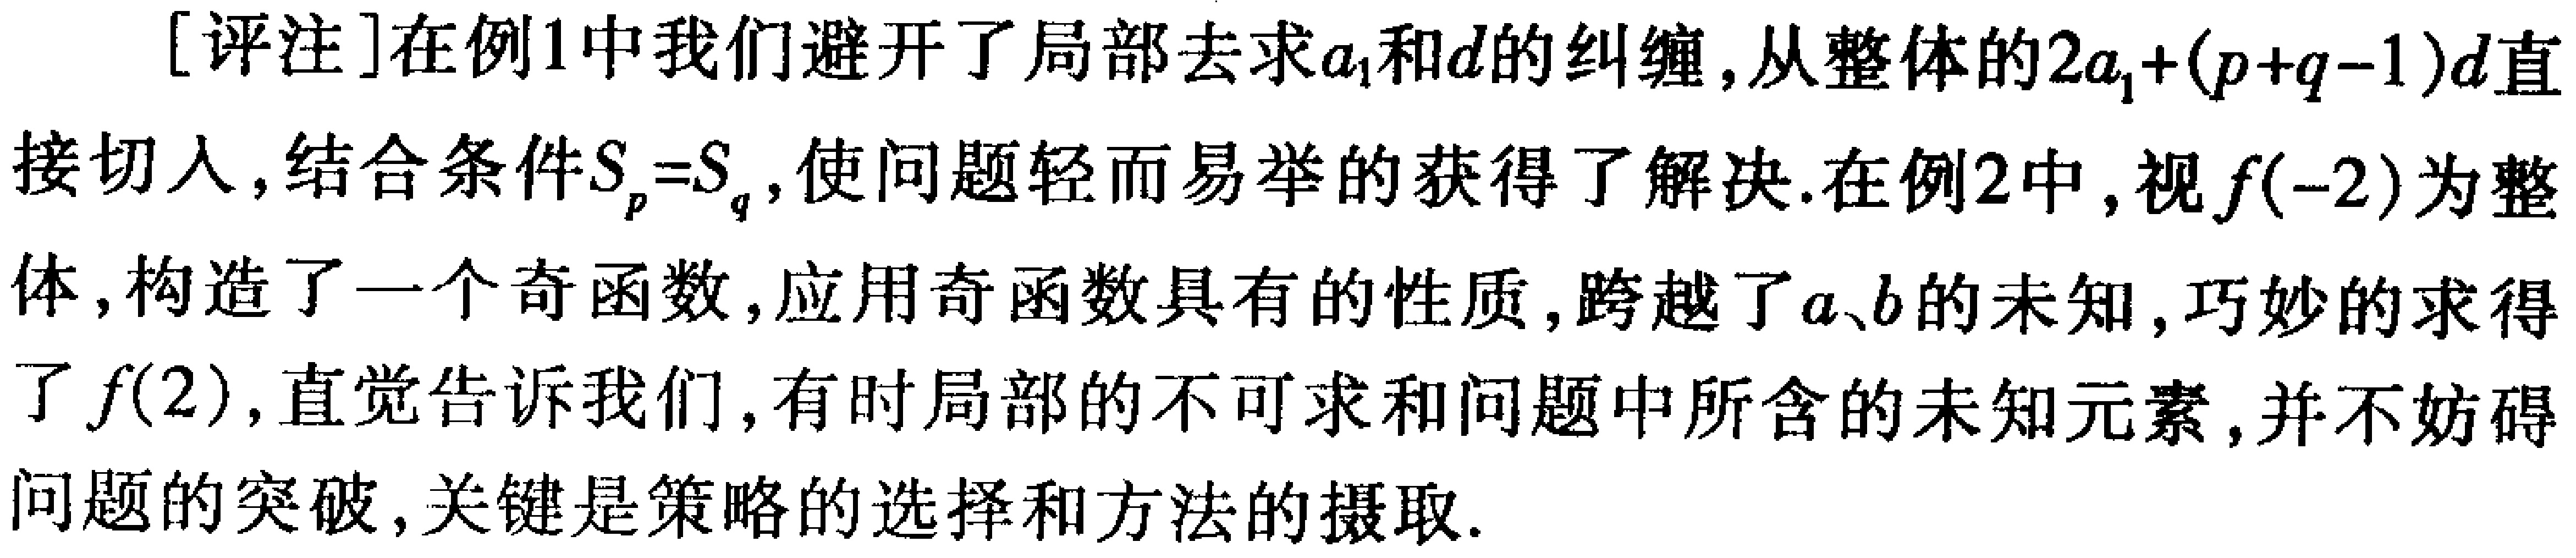
[评注]在例1中我们避开了局部去求\(a_1\)和\(d\)的纠缠，从整体的\(2a_1+(p + q - 1)d\)直接切入，结合条件\(S_p=S_q\)，使问题轻而易举的获得了解决.在例2中，视\(f(-2)\)为整体，构造了一个奇函数，应用奇函数具有的性质，跨越了\(a、b\)的未知，巧妙的求得了\(f(2)\)，直觉告诉我们，有时局部的不可求和问题中所含的未知元素，并不妨碍问题的突破，关键是策略的选择和方法的摄取.